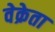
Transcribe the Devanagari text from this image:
वेक्रेता